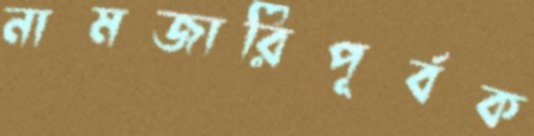
নামজারিপূর্বক